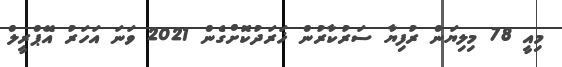
މިއީ 78 މިލިޔަން ރުފިޔާ ސަރުކާރުން ޚަރަދުކޮށްގެން 2021 ވަނަ އަހަރު އޭޕްރީލް